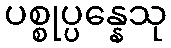
ပစ္စုပ္ပန္နေသု